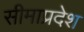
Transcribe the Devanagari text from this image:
सीमाप्रदेश